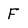
Character: F